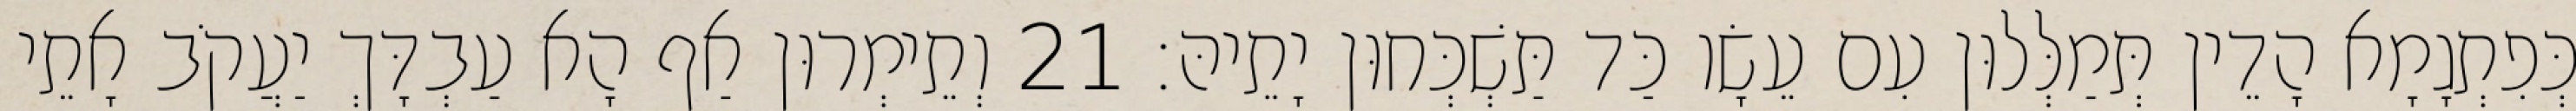
כְּפִתְגָמָא הָדֵין תְּמַלְּלוּן עִם עֵשָׂו כַּד תַּשְׁכְּחוּן יָתֵיהּ׃ 21 וְתֵימְרוּן אַף הָא עַבְדָּךְ יַעֲקֹב אָתֵי